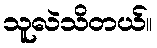
သူလဲသိတယ်။